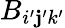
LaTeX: B_{i^{\prime}\mathbf{j}^{\prime}k^{\prime}}